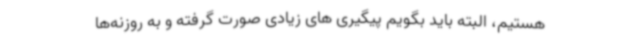
هستیم، البته باید بگویم پیگیری های زیادی صورت گرفته و به روزنه‌ها